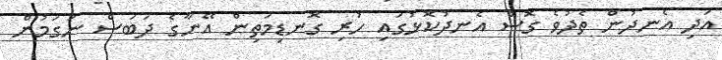
އަދި އެނދުން ތެދުވެ ގޮސް އެނދުކޮޅުގައި ހުރި ގޮނޑިމަތިން އޭނާގެ ދަބަސް ނަގަމުން